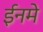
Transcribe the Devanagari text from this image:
ईनमे